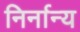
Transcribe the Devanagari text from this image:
निर्नान्य